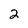
Character: 2